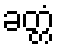
ခတ္တံ